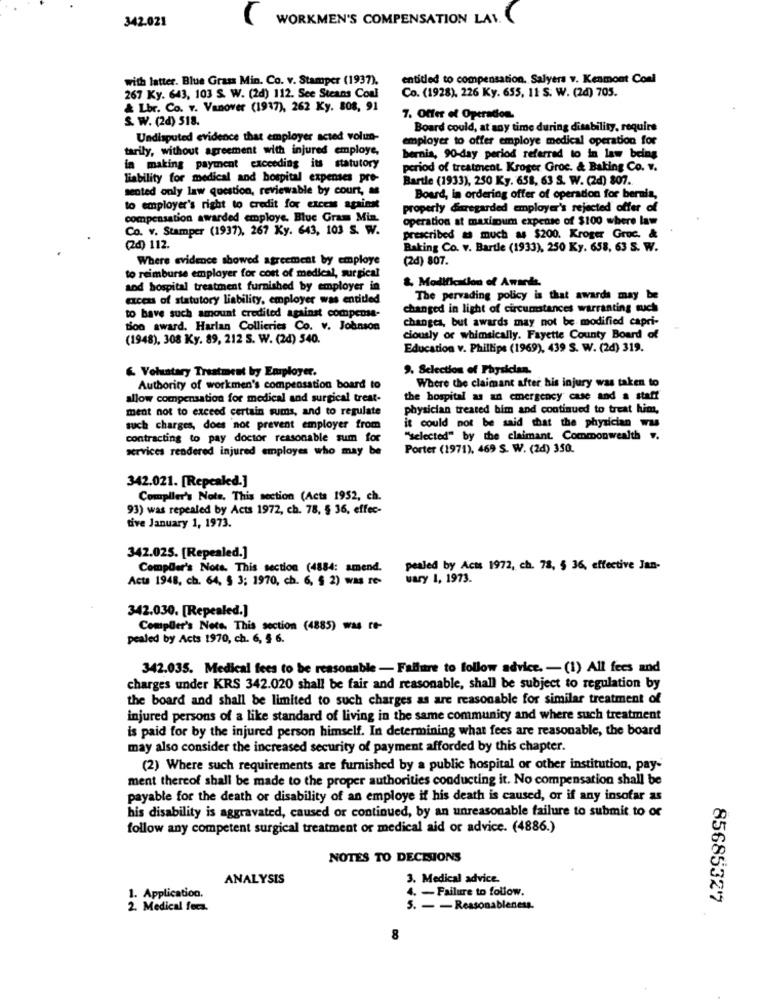
342.021
WORKMEN'S COMPENSATION LAV.
with latter. Blue Grass Min. Co. v. Stamper (1937).
entitled to compensation. Salyers v. Kenmont Conl
267 Ky. 643, 103 S. W. (2d) 112. See Steans Coal
Co. (1928), 226 Ky. 655, 11 S. W. (2d) 705.
& Lbr. Co. v. Vanover (1917), 262 Ky. 808, 91
S. W. (2d) 518.
7. Offer of Operation.
Board could, at any time during disability, require
Undisputed evidence that employer acted volun-
employer to offer employe medical operation for
tarily, without agreement with injured employe,
bernia, 90-day period referred to in law being
in making payment exceeding its statutory
period of treatment. Kroger Groc. & Baking Co. v.
liability for medical and hospital expenses pre-
Bartle (1933), 250 Ky. 658, 63 S. W. (2d) 807.
sented only law question, reviewable by court, as
Board, in ordering offer of operadon for bernia,
to employer's right to credit for excess against
property daregarded employer's rejected offer of
compensation awarded employe. Blue Gram Min.
operation at maximum expense of $100 where law
Co. v. Stamper (1937), 267 Ky. 643, 103 S. W.
prescribed as much as $200. Kroger Groc. &
(2d) 112.
Baking Co. v. Bartle (1933), 250 Ky. 658, 63 S. W.
Where evidence showed agreement by employe
(2d) 807.
to reimburse employer for cost of medical, surgical
and hospital treatment furnished by employer in
&, Modification of Awards.
excess of statutory liability, employer was entitled
The pervading policy is that awards may be
to have such amount credited against compensa-
changed in light of circumstances warranting such
changes, but awards may not be modified capri-
Bon award. Harlan Collierics Co. v. Johnson
(1948), 308 Ky. 89, 212 S. W. (2d) 540.
ciously or whimsically. Fayette County Board of
Education v. Phillips (1969), 439 S. W. (2d) 319.
6. Voluntary Treatment by Employer.
9. Selection of Physician.
Where the claimant after his injury was taken to
Authority of workmen's compensation board to
allow compensation for medical and surgical treat-
the hospital as an emergency case and a staff
ment not to exceed certain sums, and to regulate
physician treated bim and continued to treat him,
such charges, does not prevent employer from
it could not be said that the physician was
contracting to pay doctor reasonable sum for
"selected" by the claimant. Commonwealth ".
services rendered injured employes who may be
Porter (1971), 469 S. W. (2d) 350.
342.021. [Repealed.]
Compiler's Note, This section (Acts 1952, ch.
93) was repealed by Acts 1972, ch. 78, § 36, effec-
tive January 1, 1973.
342.025. [Repealed.]
CompDer's Nota. This section (4884: amend.
pealed by Acts 1972, ch. 78, 5 36, effective Jan-
Acta 1948, ch. 64, § 3; 1970, ch. 6. $ 2) was re-
uary 1, 1973.
342.030. [Repealed.]
Compler's Note. This section (4885) was re-
pealed by Acts 1970, ch. 6, § 6.
342.035. Medical fees to be reasonable - Failure to follow advice. - (1) All fees and
charges under KRS 342.020 shall be fair and reasonable, shall be subject to regulation by
the board and shall be limited to such charges as are reasonable for similar treatment of
injured persons of a like standard of living in the same community and where such treatment
is paid for by the injured person himself. In determining what fees are reasonable, the board
may also consider the increased security of payment afforded by this chapter.
(2) Where such requirements are furnished by a public hospital or other institution, pay-
ment thereof shall be made to the proper authorities conducting it. No compensation shall be
payable for the death or disability of an employe if his death is caused, or if any insofar as
his disability is aggravated, caused or continued, by an unreasonable failure to submit to or
follow any competent surgical treatment or medical aid or advice. (4886.)
NOTES TO DECISIONS
ANALYSIS
3. Medical advice.
1. Application.
4. - Failure to follow.
85685327
2. Medical fera.
5. - - Reasonableness.
8